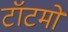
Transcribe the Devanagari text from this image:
टॉटमों